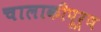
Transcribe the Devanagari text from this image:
चालाकीपूर्ण